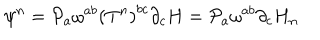
\psi ^ { n } = { \cal { P } } _ { a } \omega ^ { a b } \left( T ^ { n } \right) ^ { b c } \partial _ { c } H = { \cal { P } } _ { a } \omega ^ { a b } \partial _ { c } H _ { n }